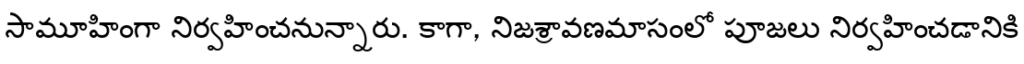
సామూహింగా నిర్వహించనున్నారు. కాగా, నిజశ్రావణమాసంలో పూజలు నిర్వహించడానికి